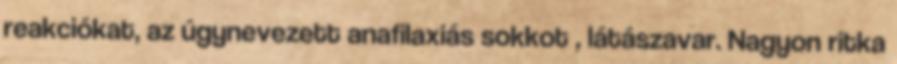
reakciókat, az úgynevezett anafilaxiás sokkot , látászavar. Nagyon ritka